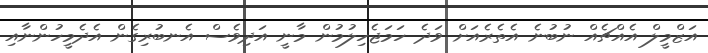
އަޒްމީލް އެއްޗެއް ނުބުނެ އެތެރެއަށް ވަދެ ހަމަޖެހިލުމުން މާނީ އަދިވެސް އެނބުރިގެން އެދެމީހުންނާއި